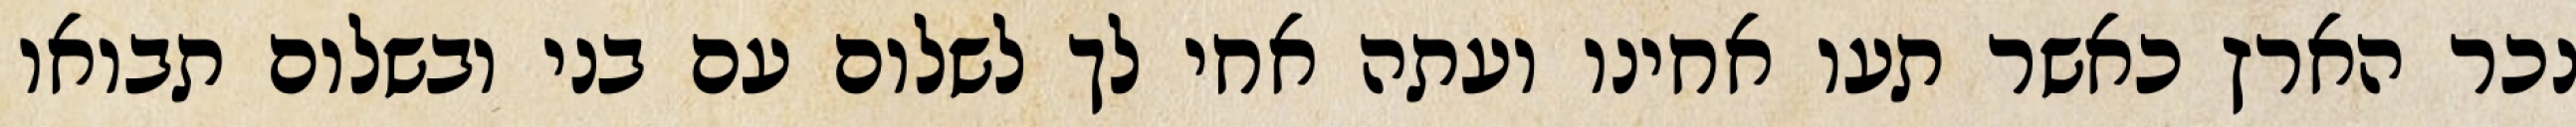
נכר הארץ כאשר תעו אחינו ועתה אחי לך לשלום עם בני ובשלום תבואו